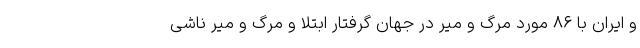
و ایران با ۸۶ مورد مرگ و میر در جهان گرفتار ابتلا و مرگ و میر ناشی